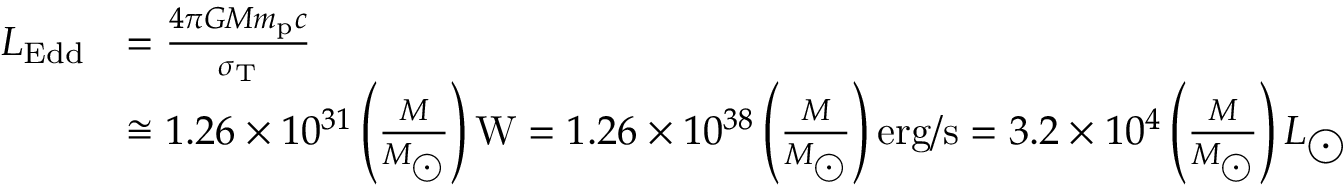
{ \begin{array} { r l } { L _ { \mathrm { { E d d } } } } & { = { \frac { 4 \pi G M m _ { \mathrm { { p } } } c } { \sigma _ { \mathrm { { T } } } } } } \\ & { \cong 1 . 2 6 \times 1 0 ^ { 3 1 } \left( { \frac { M } { M _ { \bigodot } } } \right) \mathrm { { W } } = 1 . 2 6 \times 1 0 ^ { 3 8 } \left( { \frac { M } { M _ { \bigodot } } } \right) \mathrm { { e r g / s } } = 3 . 2 \times 1 0 ^ { 4 } \left( { \frac { M } { M _ { \bigodot } } } \right) L _ { \bigodot } } \end{array} }